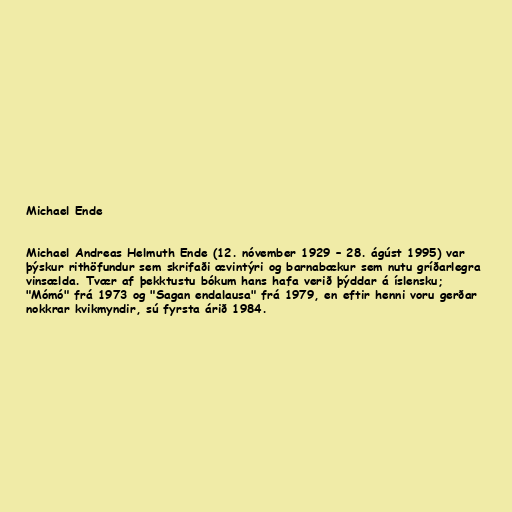
Michael Ende

Michael Andreas Helmuth Ende (12. nóvember 1929 – 28. ágúst 1995) var
þýskur rithöfundur sem skrifaði ævintýri og barnabækur sem nutu gríðarlegra
vinsælda. Tvær af þekktustu bókum hans hafa verið þýddar á íslensku;
"Mómó" frá 1973 og "Sagan endalausa" frá 1979, en eftir henni voru gerðar
nokkrar kvikmyndir, sú fyrsta árið 1984.